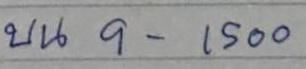
บน 9 -  1500